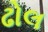
ઢોલ